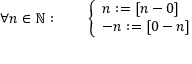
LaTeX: \forall n \in \mathbb { N } : \qquad { \left\{ \begin{array} { l l } { n : = [ n - 0 ] } \\ { - n : = [ 0 - n ] } \end{array} \right. }